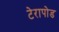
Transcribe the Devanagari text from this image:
टेरापोड